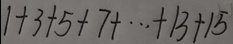
1 + 3 + 5 + 7 + \cdots + 1 3 + 1 5